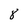
Character: 8